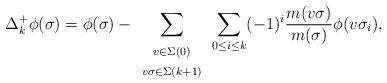
LaTeX: \begin{align*}\Delta_k^+ \phi (\sigma) = \phi(\sigma)-\sum_{\begin{array}{c}{\scriptstyle v \in\Sigma(0)}\\{\scriptstyle v \sigma \in \Sigma (k+1)}\end{array} }\sum_{0\leq i\leq k}(-1)^{i}\frac{m(v\sigma)}{m(\sigma)}\phi(v\sigma_{i}) ,\end{align*}